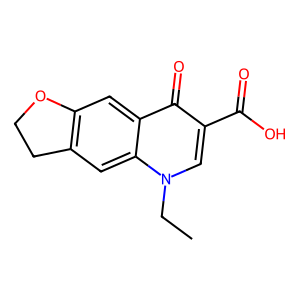
SMILES: CCn1cc(C(=O)O)c(=O)c2cc3c(cc21)CCO3
Inhibits HIV replication: No